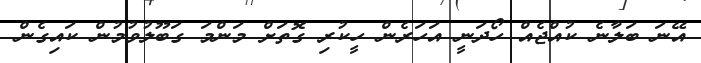
އޭނަ ބަލާނެ ކުއްޖެއް ހޯދަނީ އަހަރެން ހީކުރި ގޮތަށް މަންމަ ގަބޫލުވުމުން ކައިގެން